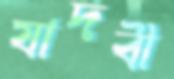
যাদবী